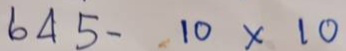
645 - 10 x 10